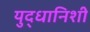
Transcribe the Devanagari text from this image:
युद्धानिशी